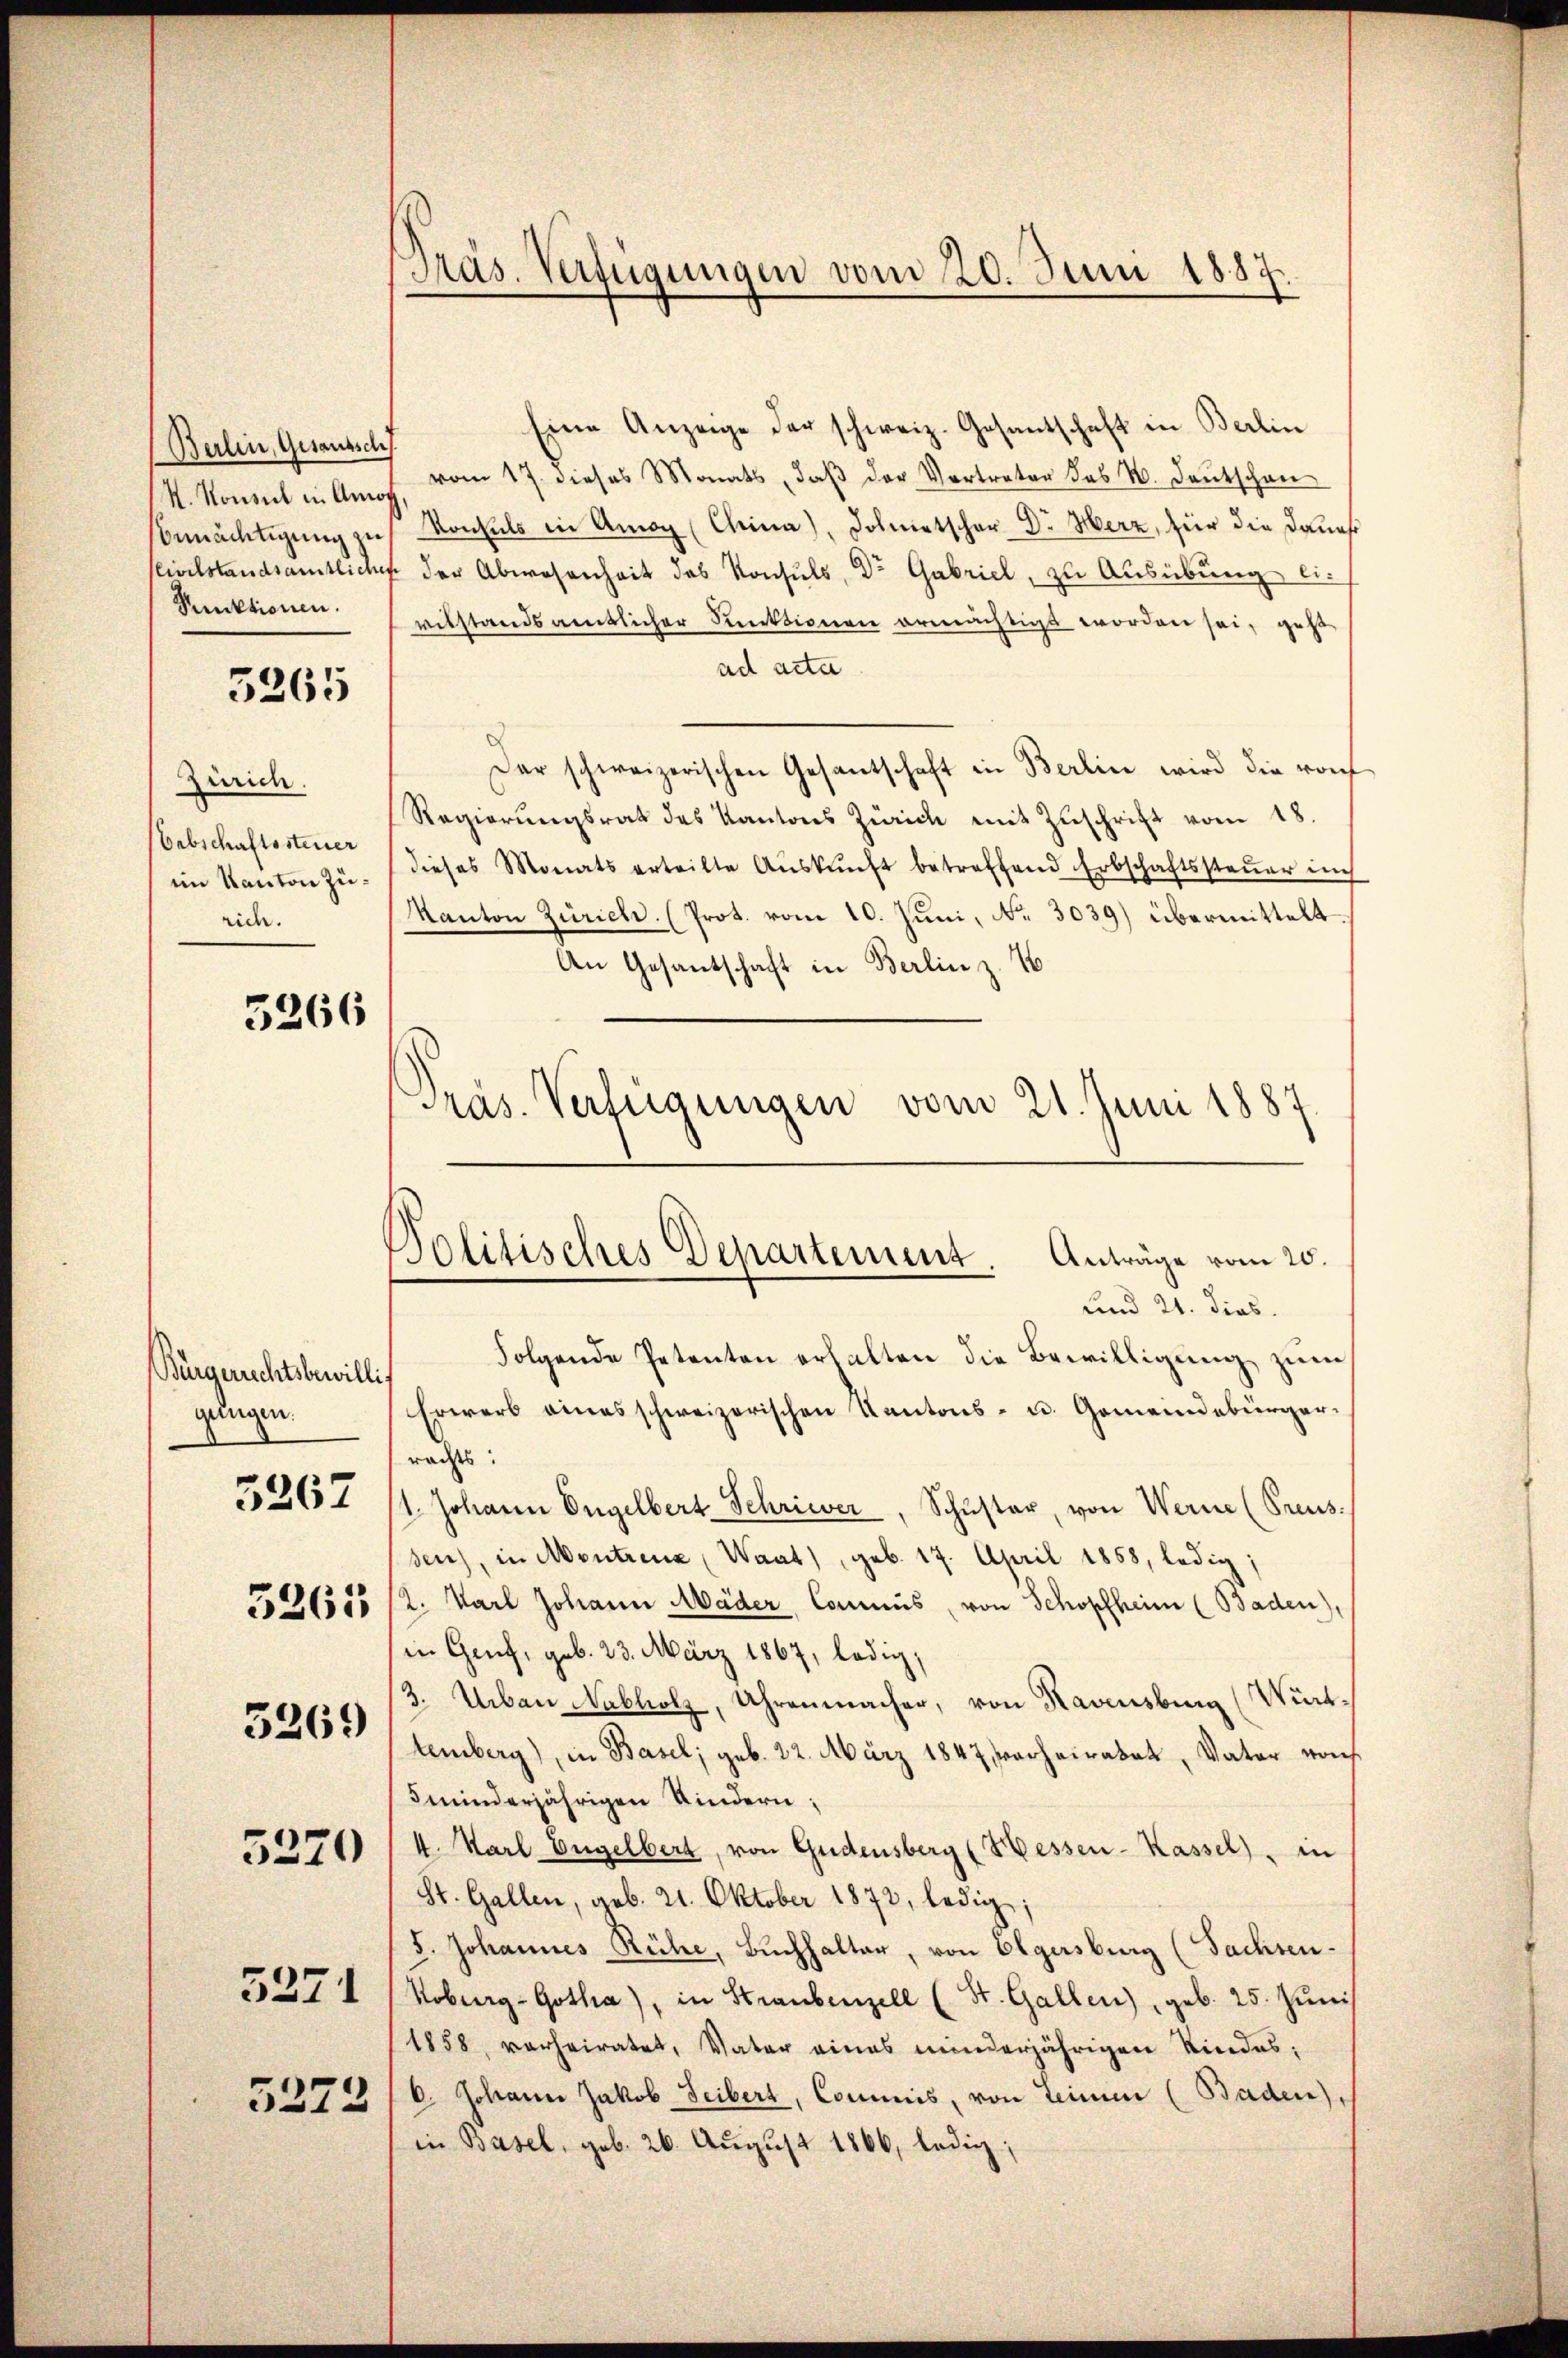
Berlin, Gesaussch
M. Konsul in Annoch
Reuktionen.

3265

Zürich.
Erbschaftssteuer
im Kanton Zürich.

5266

Bürgerrechtsbewilli
gungen.
3261

5267

5269

5270

3271

5273

Präs. Verfügungen vom 20. Juni 1887.

Eine Anzeige der schweiz. Gesantschaft in Berlin
vom 17. dieses Monats, daβ der Vertreter des N. Deutschen
bemächtigung zu Konsuls in Amor (China), Dolmetscher Dr. Herz, für die Danas
Civilstandsamtliche der Abwesenheit des Konsuls, Dr Gabriel, zu Ausübung eivilstandsamtlicher Funktionen ermächtigt worden sei, geht
ad acta
Der schweizerischen Gesantschaft in Berlin wird die rof
Regierungsrat des Kantons Zürich mit Zuschrift vom 18.
dieses Monats erteilte Aŭskŭnft betreffend Erbschaftssteŭer ins
Kanton Zürich. (Prot. vom 10. Juni, No. 3039) übermittelt.
An Gesantschaft in Berlin z. T
Folgende Petenten erhalten die Bewilligung zum
horers eines schweizerischen Kantons- u. Gemeindebürgerrachts:
1. Johann Engelbert Schrieer, Schŭster, von Werne (Preus
sen), in Montrenz, Waat), geb. 17. April 1858, ledig;
2. Karl Johann Mäder, Commis, von Schopfheim (Baden),
in Genf, geb. 23. März 1867, ledig,
3. Urban Nabholz, Uhrenmacher, von Ravensburg (Württemberg), in Basel, geb. 22. März 1847 verheiratet, Vater von
5minderjährigen Kindern;
4. Karl Engelbert, von Gudensberg (Hessen-Kassel), in
St. Gallen, geb. 21. Oktober 1872, ledige;
S. Johannes Rühe, Buchhalter, von Elgersburg (Sachsen¬
Koburg-Gotha), in Straubenzell (St. Gallen), geb. 25. Jŭni
1858 verheiratet, Vater eines minderjährigen Kindes:
b. Johann Jakob Leibert, Commis, von Leinen (Baden),
in Basel, geb. 26. August 1866, ledig;

Präs. Verfügungen vom 21. Juni 1887
Politisches Departement. Anträge vom 20.
und 21. dies